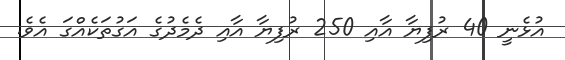
އުޅެނީ 40 ރުފިޔާ އާއި 250 ރުފިޔާ އާއި ދެމެދުގެ އަގުތަކެއްގަ އެވެ.